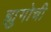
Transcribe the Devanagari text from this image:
ह्युगोची